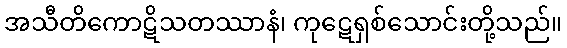
အသီတိကောဋိသတဿာနံ၊ ကုဋေရှစ်သောင်းတို့သည်။